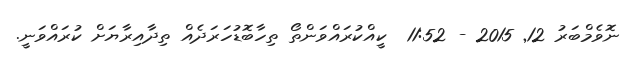
ނޮވެމްބަރު 12